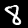
Digit: 8